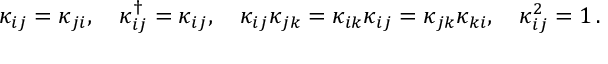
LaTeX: \kappa _ { i j } = \kappa _ { j i } , \quad \kappa _ { i j } ^ { \dagger } = \kappa _ { i j } , \quad \kappa _ { i j } \kappa _ { j k } = \kappa _ { i k } \kappa _ { i j } = \kappa _ { j k } \kappa _ { k i } , \quad \kappa _ { i j } ^ { 2 } = 1 \, .